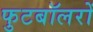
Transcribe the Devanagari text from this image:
फुटबॉलरों